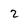
Character: 2